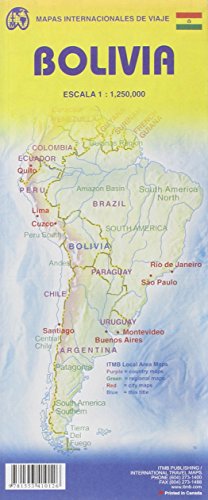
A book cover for Bolivia Travel Reference Map 1:1,250,000 (International Travel Maps); ITMB Canada; Travel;